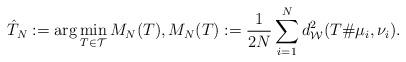
LaTeX: \begin{align*}{} \hat{T}_N:=\arg\min_{T \in \mathcal{T}} M_N(T), M_N(T):= \frac{1}{2N} \sum_{i=1}^N d^2_{\mathcal{W}}(T\# \mu_i,\nu_i).\end{align*}